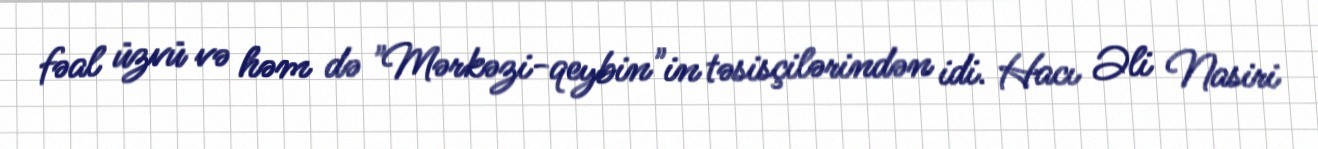
fəal üzvü və həm də "Mərkəzi-qeybin"in təsisçilərindən idi. Hacı Əli Nasiri